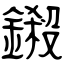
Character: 鎩